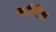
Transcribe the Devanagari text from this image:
कर्णिंह